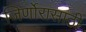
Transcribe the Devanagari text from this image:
जिर्णोरासाठी